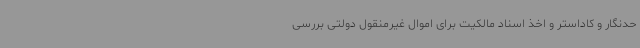
حدنگار و کاداستر و اخذ اسناد مالکیت برای اموال غیرمنقول دولتی بررسی